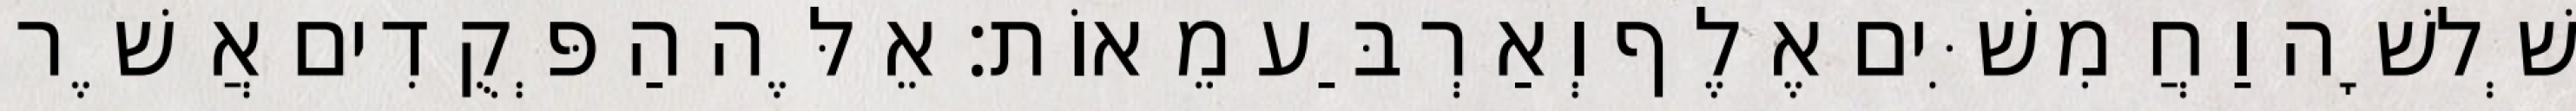
שְׁלשָׁה וַחֲמִשִּׁים אֶלֶף וְאַרְבַּע מֵאוֹת׃ אֵלֶּה הַפְּקֻדִים אֲשֶׁר